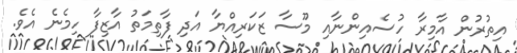
އިތުރުން އާމިރާ ހުސެއިންނާއި މޫސާ ޒަކަރިއްޔާ އަދި ފާތިމަތު އާޒިފާ ހިމެނެ އެވެ.